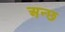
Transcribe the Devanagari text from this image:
अन्छ